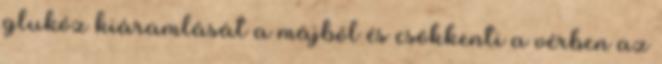
glukóz kiáramlását a májból és csökkenti a vérben az